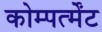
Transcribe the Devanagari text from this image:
कोम्पर्त्मेंट